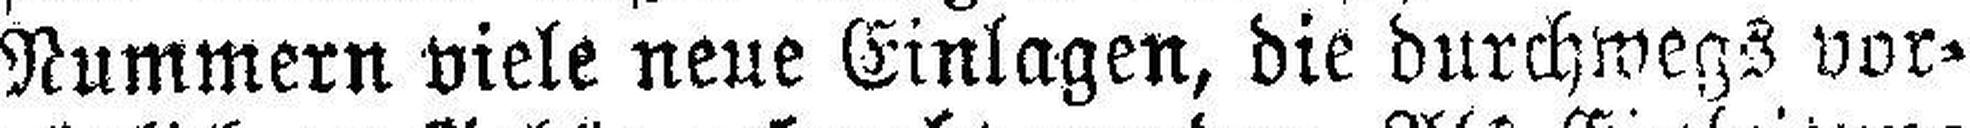
Nummern viele neue Einlagen, die durchwegs vor¬